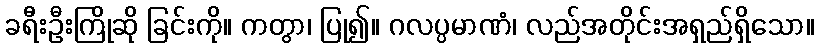
ခရီးဦးကြိုဆို ခြင်းကို။ ကတွာ၊ ပြု၍။ ဂလပ္ပမာဏံ၊ လည်အတိုင်းအရှည်ရှိသော။